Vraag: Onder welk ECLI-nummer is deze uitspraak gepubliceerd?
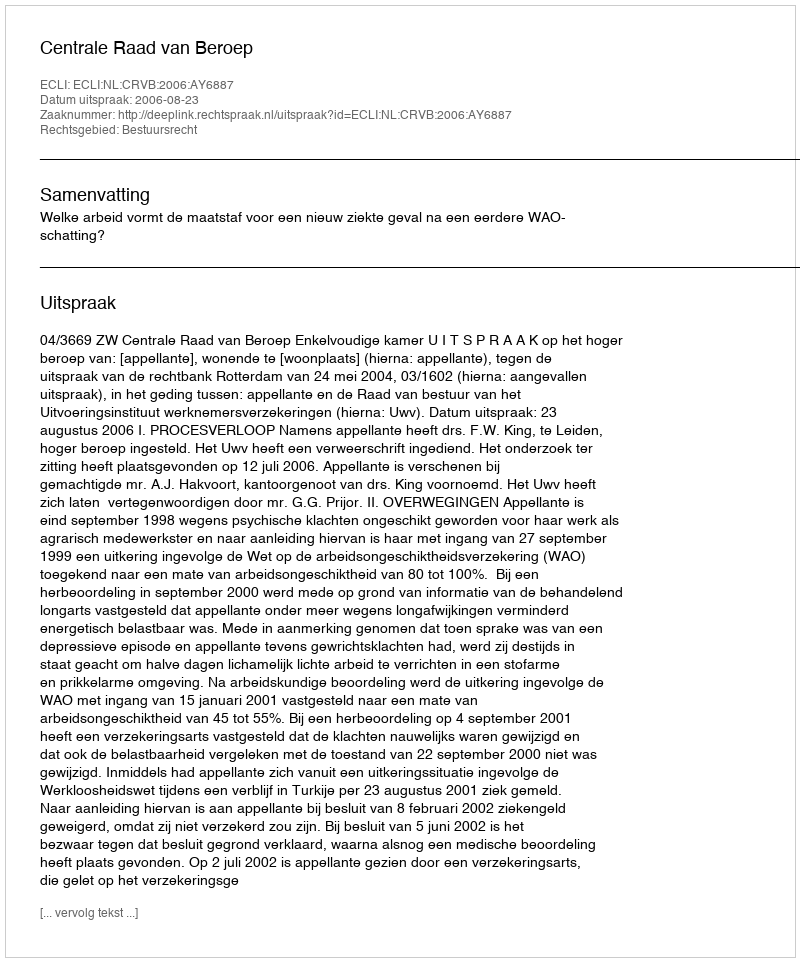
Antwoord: ECLI:NL:CRVB:2006:AY6887